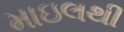
માઇલથી